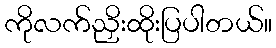
ကိုလက်ညှိးထိုးပြပါတယ်။